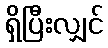
ရှိပြီးလျှင်